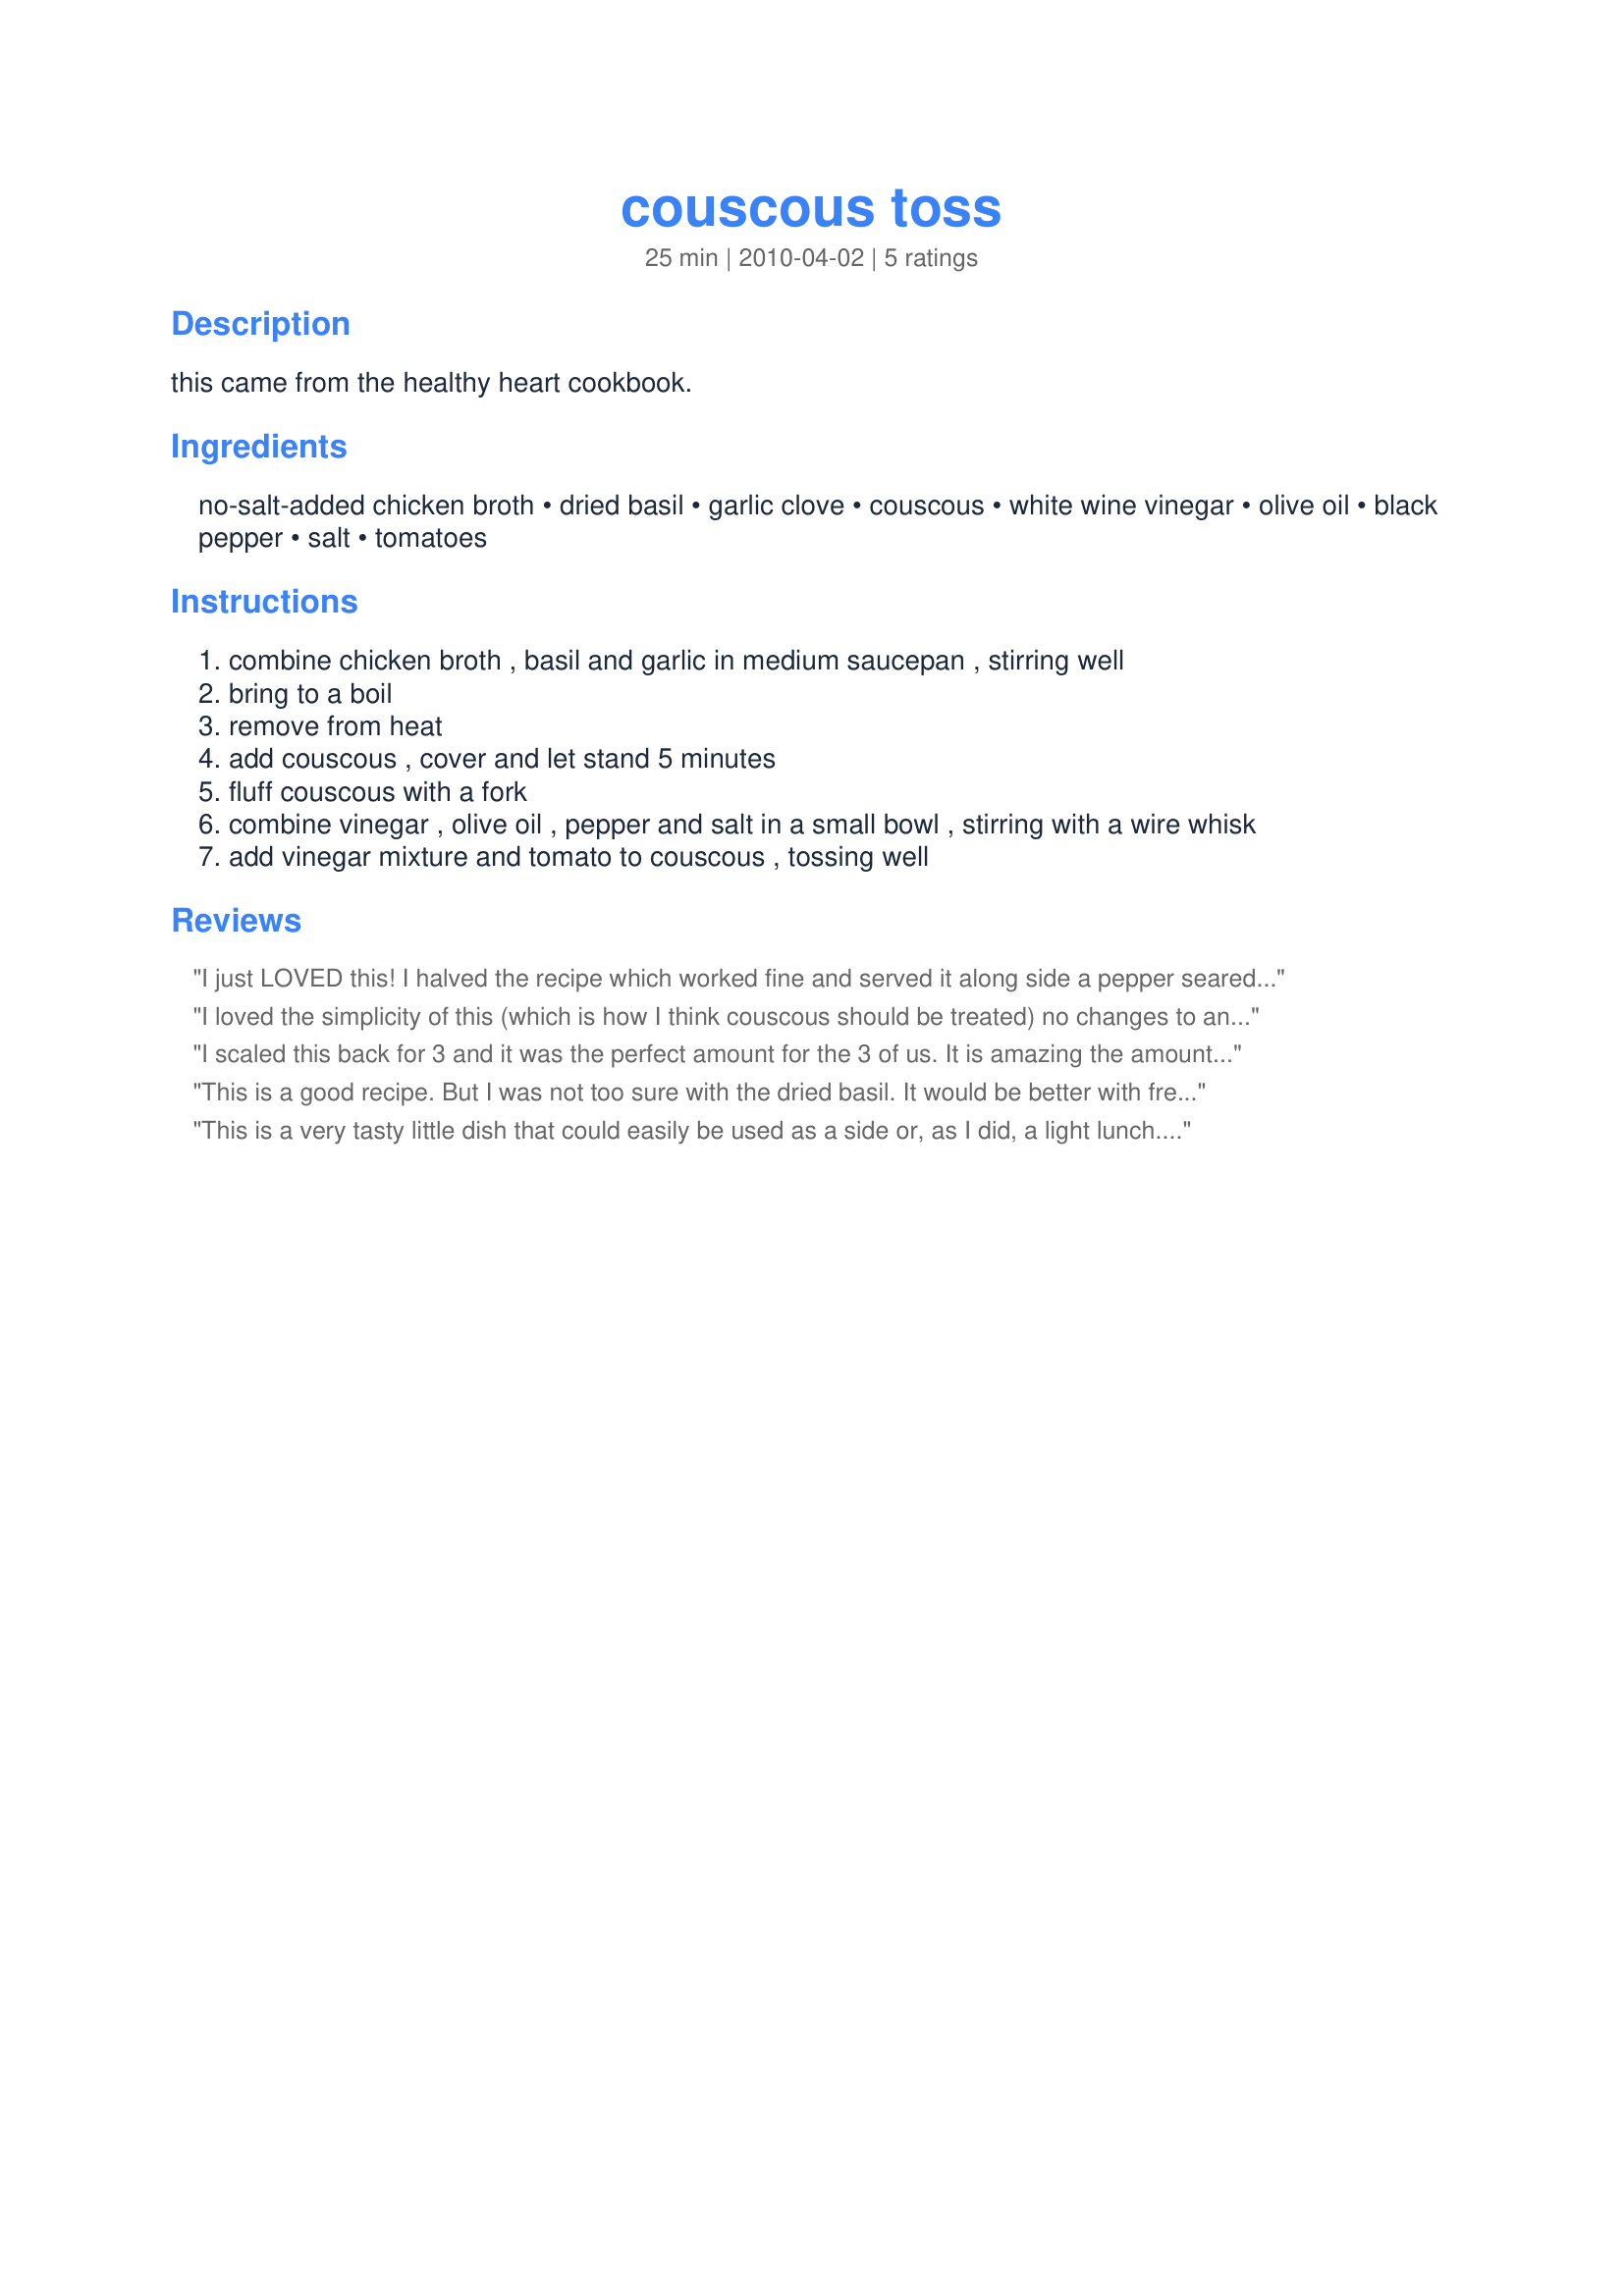
couscous toss
Preparation time: 25 minutes

this came from the healthy heart cookbook.

Ingredients:
no-salt-added chicken broth, dried basil, garlic clove, couscous, white wine vinegar, olive oil, black pepper, salt, tomatoes

Steps:
combine chicken broth , basil and garlic in medium saucepan , stirring well
bring to a boil
remove from heat
add couscous , cover and let stand 5 minutes
fluff couscous with a fork
combine vinegar , olive oil , pepper and salt in a small bowl , stirring with a wire whisk
add vinegar mixture and tomato to couscous , tossing well

Reviews:
I just LOVED this! I halved the recipe which worked fine and served it along side a pepper seared salmon. A perfect match! I will be making this again for sure and it will be a good side dish to many types of main dishes. The flavours are there but do not overpower, I especially love the wine vinegar, and the garlic and the tomoatoes - heck - I liked it all!
I loved the simplicity of this (which is how I think couscous should be treated) no changes to an excellent recipe I'm keen to make again soon.
I scaled this back for 3 and it was the perfect amount for the 3 of us. It is amazing the amount of flavour that the dressing gives the couscous and the tomatoes. Thoroughly enjoyed by us all, thank you nemokitty, made for Make My Recipes - Spring Edition.
This is a good recipe. But I was not too sure with the dried basil. It would be better with fresh basil added at the end at the same time of the tomatoes. I didn't use salt and pepper. Thanks Nemokitty :) Made for Newest Zaar Tag
This is a very tasty little dish that could easily be used as a side or, as I did, a light lunch. I made a single serving and it was the perfect amount. I must say that I have never used vinegar in couscous before but it was a terrific inclusion. Simple, quick and very good. :D
